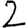
Digit: 2